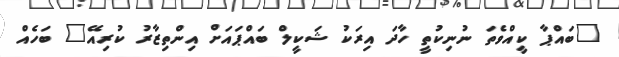
"ބައްޕާ ކީއްވެތަ ނުނިކުތީ ހާދަ އިރަކު ޝަކީލް ބައްޕައަށް އިންތިޒާރު ކުރިއޭ" ބަހެއް